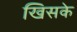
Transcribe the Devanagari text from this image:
खिसके